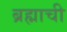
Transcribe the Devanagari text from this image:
ब्रह्माची